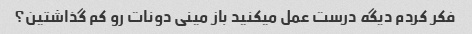
فکر کردم دیگه درست عمل میکنید باز مینی دونات رو کم گذاشتین؟